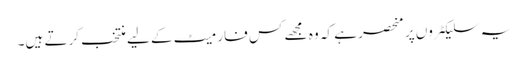
یہ سلیکٹروں پر منحصر ہے کہ وہ مجھے کس فارمیٹ کے لیے منتخب کرتے ہیں۔